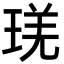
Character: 琷